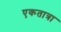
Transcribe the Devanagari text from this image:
एकतात्रा